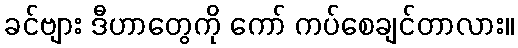
ခင်ဗျား ဒီဟာတွေကို ကော် ကပ်စေချင်တာလား။